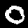
Label: 0